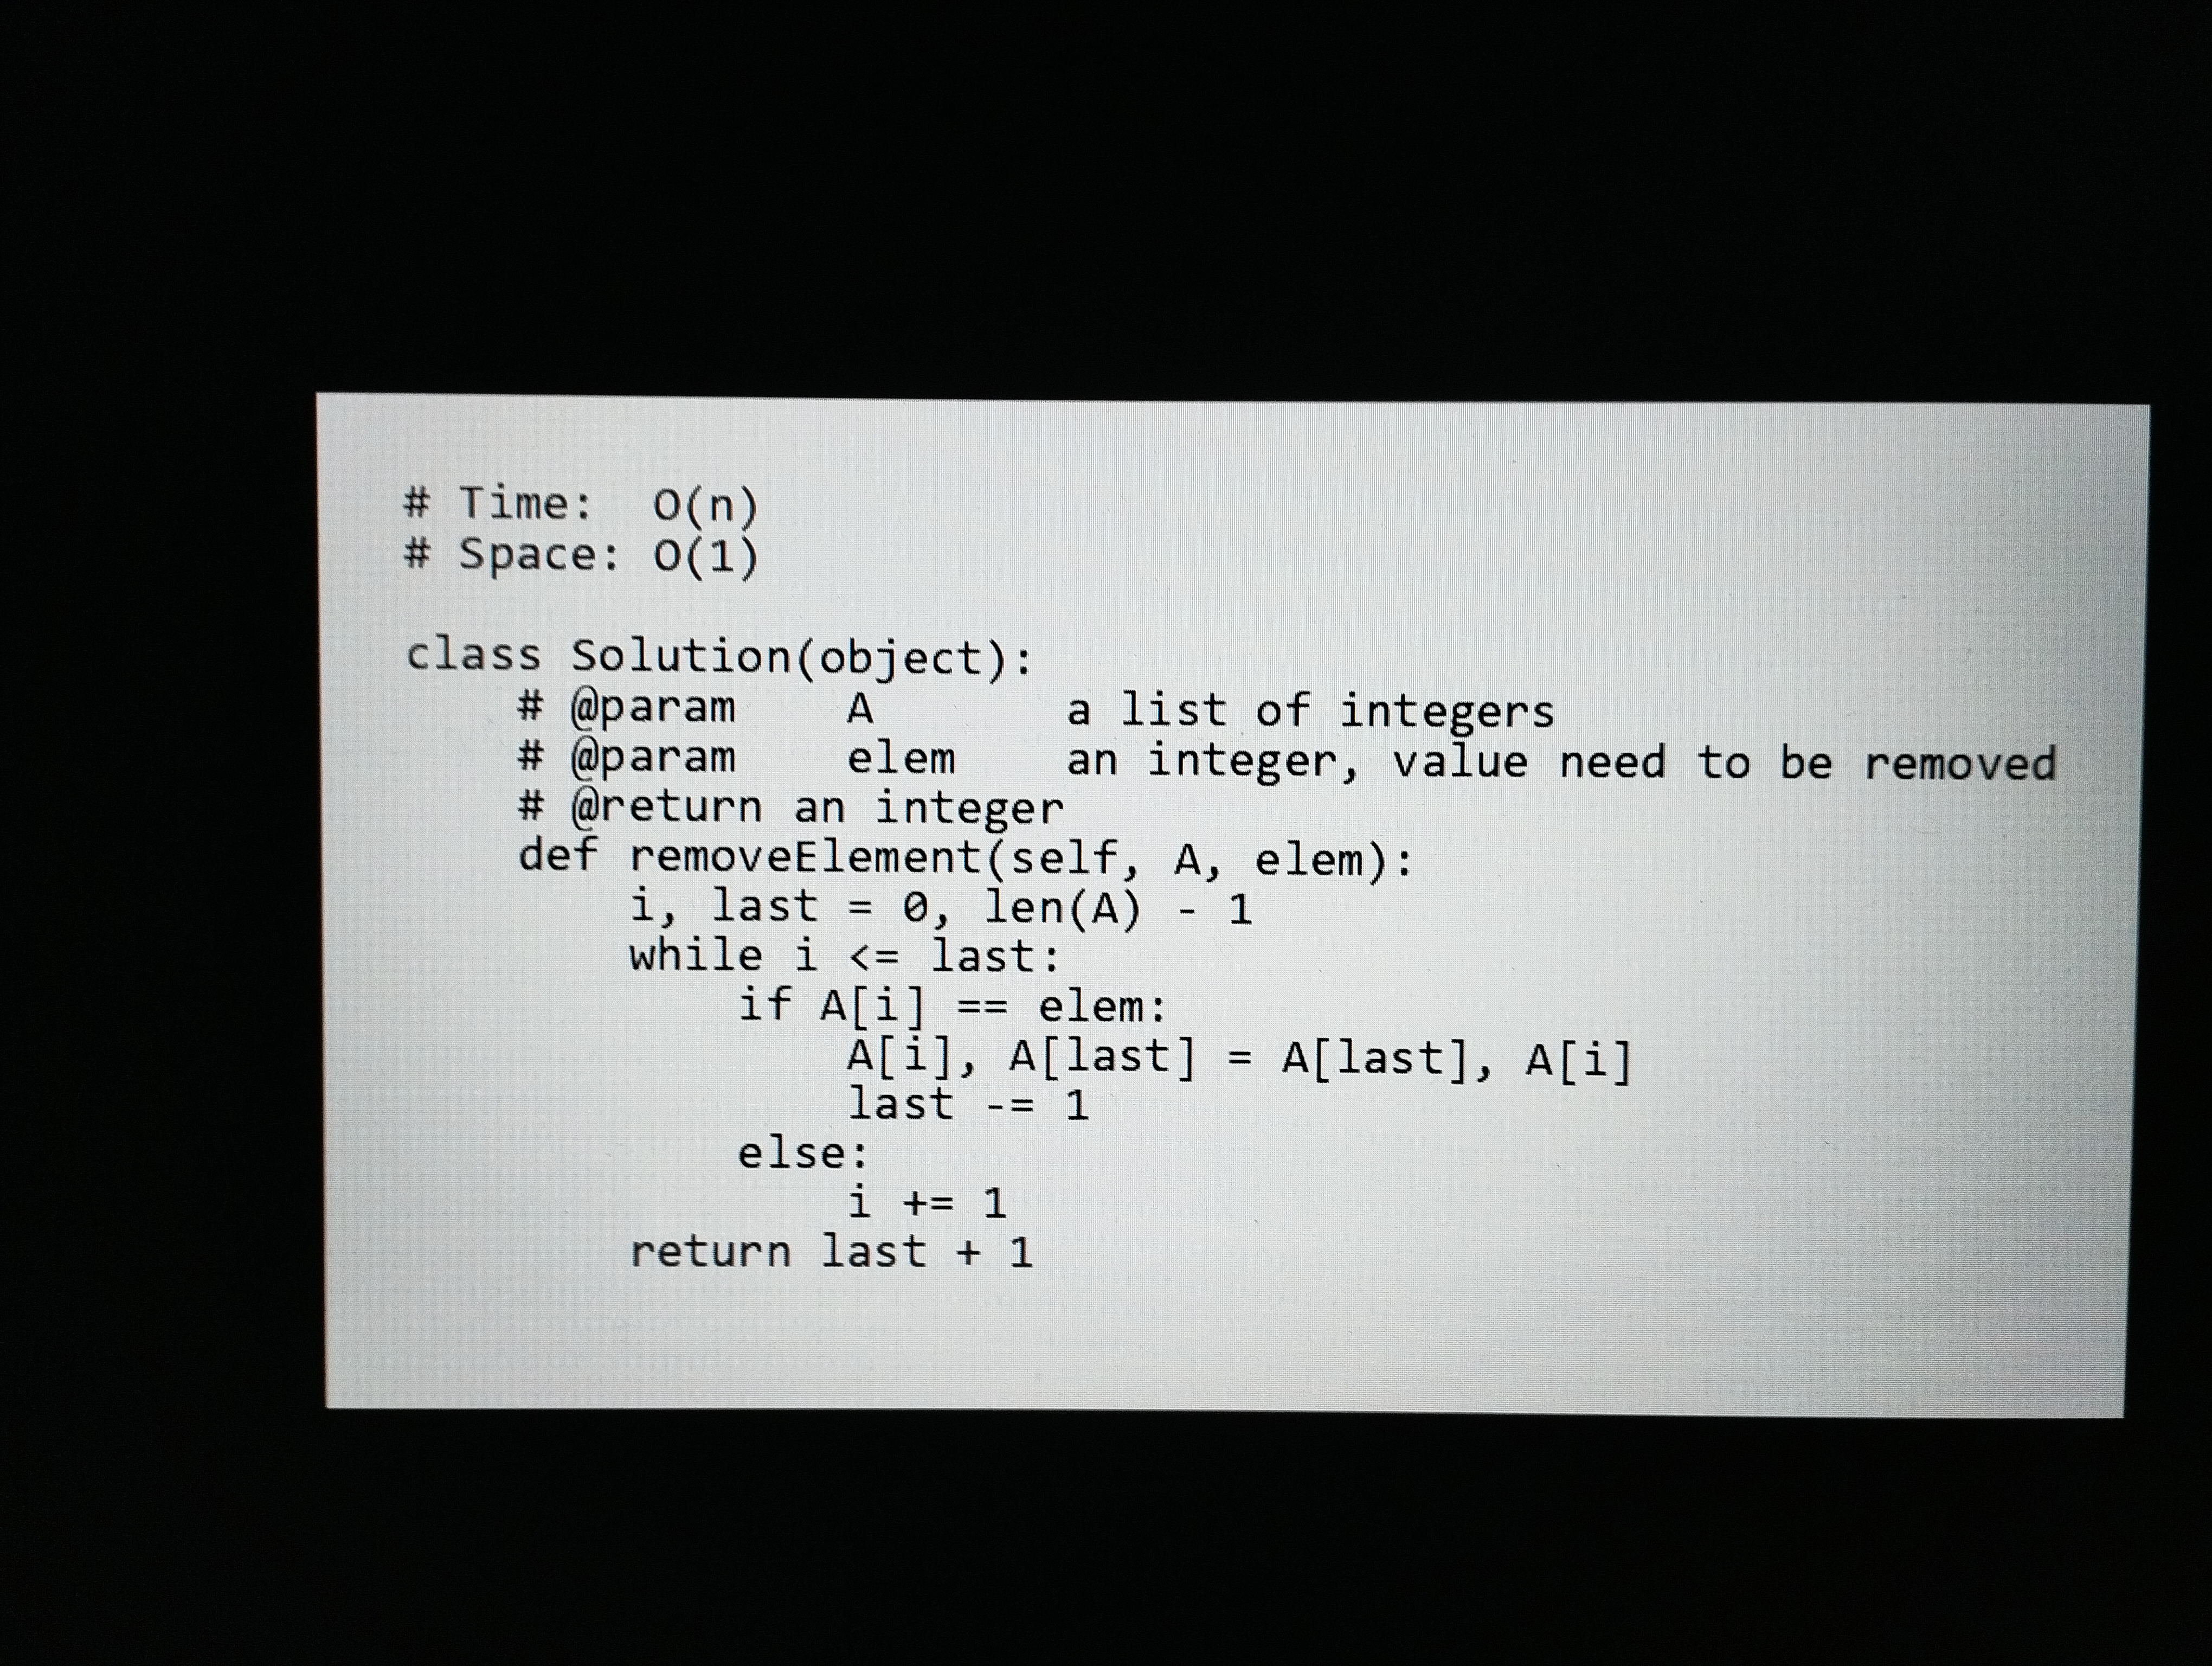
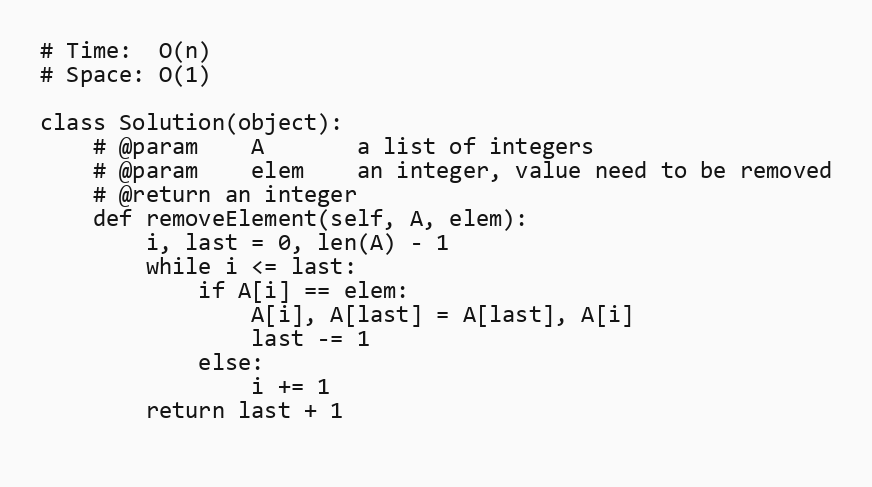
# Time:  O(n)
# Space: O(1)

class Solution(object):
    # @param    A       a list of integers
    # @param    elem    an integer, value need to be removed
    # @return an integer
    def removeElement(self, A, elem):
        i, last = 0, len(A) - 1
        while i <= last:
            if A[i] == elem:
                A[i], A[last] = A[last], A[i]
                last -= 1
            else:
                i += 1
        return last + 1